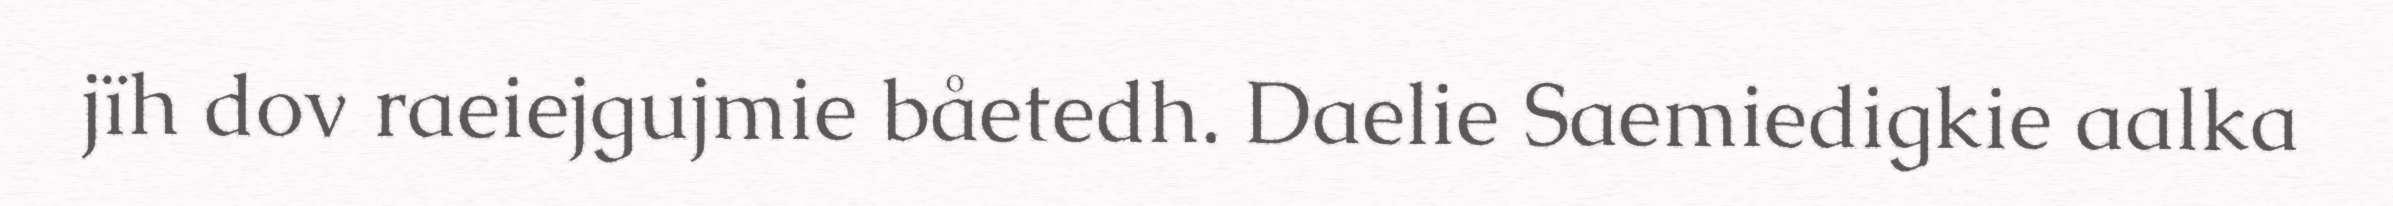
jïh dov raeiejgujmie båetedh. Daelie Saemiedigkie aalka